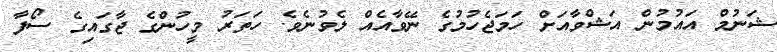
ޝަނުމް އައުމުން އަޝްވާއަށް ހަމަޖެހުމުގެ ނޭވާއެއް ލެވުނެވެ. ހަތަރު މީހުންގެ ޖާގައިގެ ސޯފާ